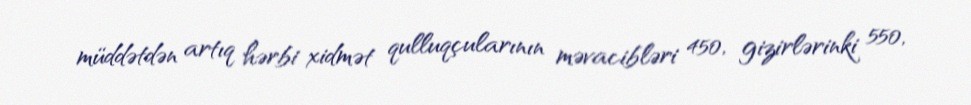
müddətdən artıq hərbi xidmət qulluqçularının məvacibləri 450, gizirlərinki 550,